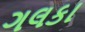
ગલકા